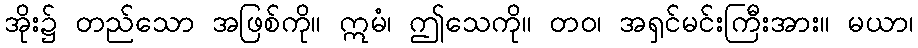
အိုး၌ တည်သော အဖြစ်ကို။ ဣမံ၊ ဤသေကို။ တဝ၊ အရှင်မင်းကြီးအား။ မယာ၊